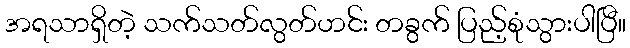
အရသာရှိတဲ့ သက်သတ်လွတ်ဟင်း တခွက် ပြည့်စုံသွားပါပြီ။